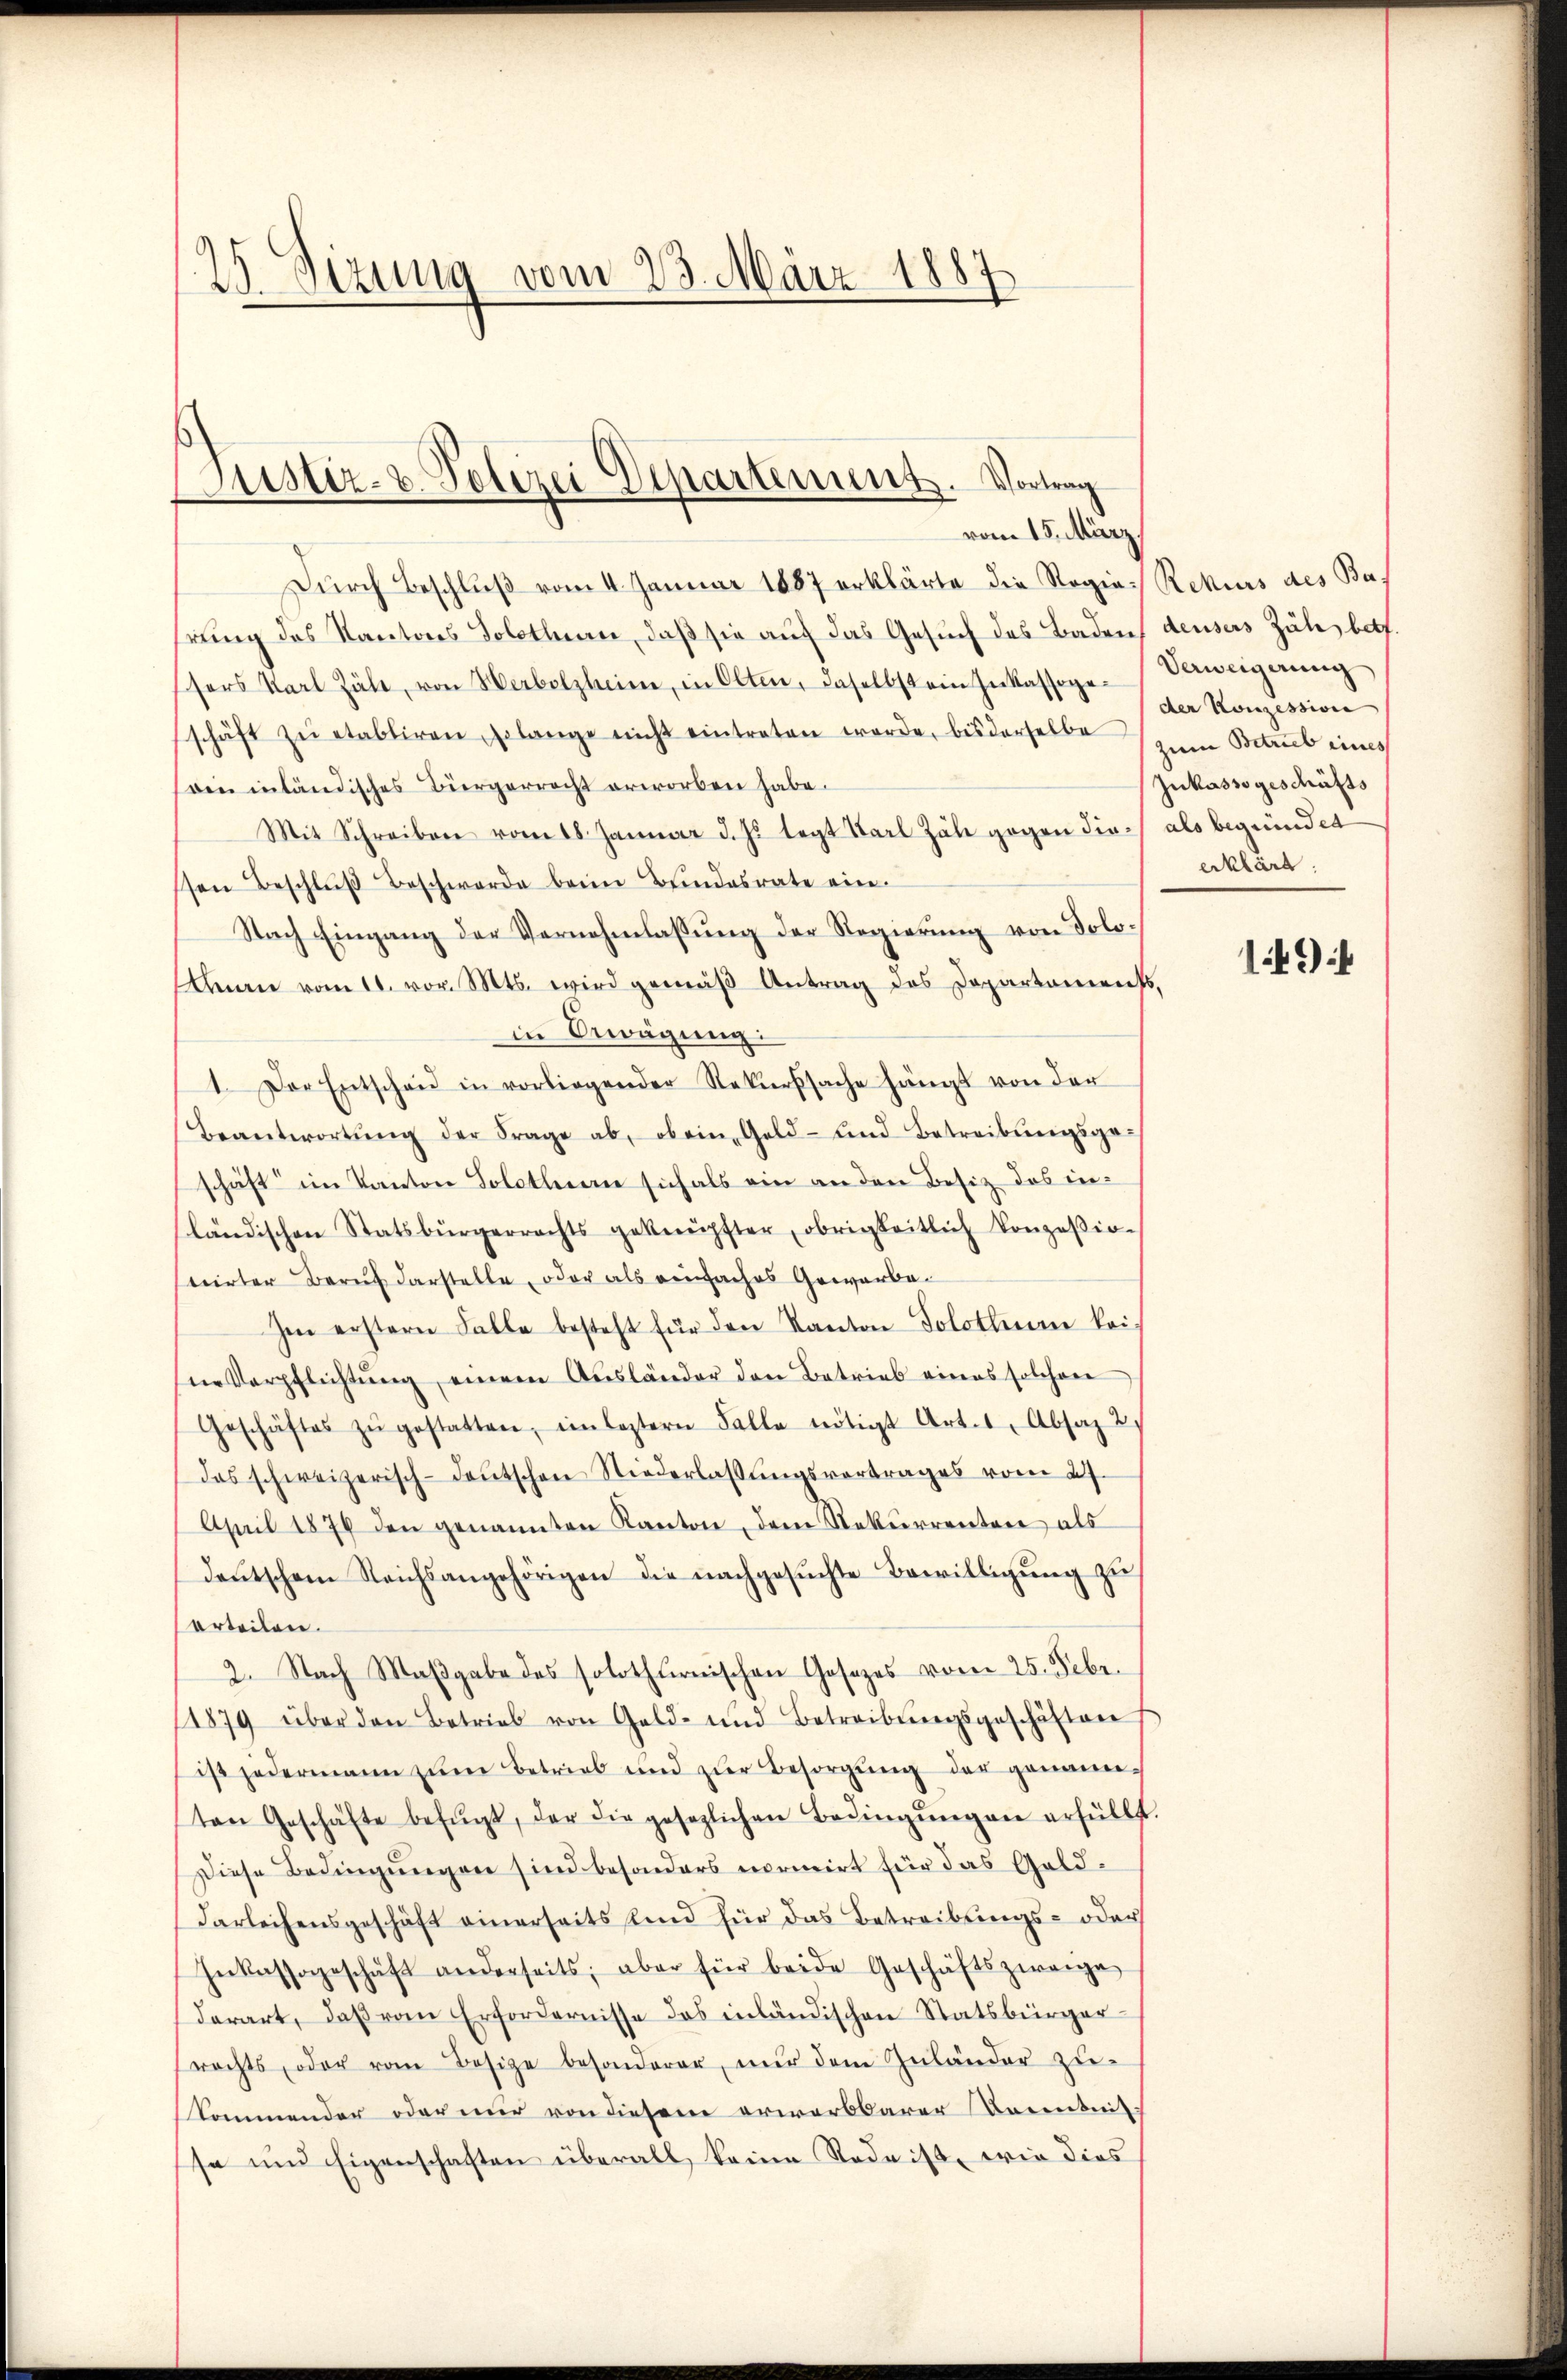
.Sizung vom 23. März 1887

Justiz- & Polizei Departenung. Vortrag
vom 15. März

Durch Beschluß vom 4. Januar 1887 erklärte die Regie- Rekurs des Bahrung des Kantons Solothurn, daß sie auf das Gesuch des Badens densers Zäh, betf.
sors Karl Zähe, von Herbolzheim, in Olten, daselbst ein Inkassoge-Vaweigerŭng
schäft zŭ etabliren, solange nicht eintreten werde, bis derselbe zum Betrieb eines
sein inländisches Bürgerrecht erworben habe.
Mit Schreiben vom 18. Januar d. Js. legt Karl Zale gegen diessen Beschlŭβ Beschwerde beim Bundesrate ein.
Nach Eingang der Vernehmlassung der Regierung von Solo¬
Arnn vom 11. vor. Mts. wird gemäß Antrag des Departements
in Bewägung:
1. Der Entscheid in vorliegender Rekŭrsache hängt von der
Beantwortŭng der Frage ab, ob ein Geld- und Betreibŭngsge-
schäft im Kanton Solothurn sich als ein an den Besitz des inländischen Statsbürgerrechts geknüpfter, obrigkeitlich konzeβio-
stirter Beruf darstelle, oder als einfaches Gewerbe¬
Im erstern Falle besteht für den Kanton Solothurn kei-
ne Verpflichtŭng einem Ausländer den Betrieb eines solchen
Geschäftes zŭ gestatten, im leztern Falle nötigt Art. 1, Absatz 2
das schweizerisch-deŭtschen Niederlassŭngsvortrages vom 27.
April 1876 den genannten Kanton, dem Rekurrenten als
deutschem Reichsangehörigen die nachgesuchte Bewilligung zu
erteilen.
2. Nach Maβgabe des solothurnischen Gesezes vom 25. Febr.
1879 über den Betrieb von Gold- und Betreibŭngsgeschäften
ist jedermann zum Betrieb und zŭr Besorgung der genannten Geschäfte befŭgt, der die gesetzlichen Bedingŭngen erfüllt
Diese Bedingungen sind besonders normirt für das Gelddarleihensgeschäft einerseits und für das Betreibungs- oder
Inkassageschäft anderseits, aber für beide Geschäftszweige
derart, daβ vom Erfordernisse das inländischen Statsbürger-
rachts, oder vom Besitze besonderer, nur dem Zuländer zŭ-
kommender oder nur von diesem erwarbbarer Badenseitse und Eigenschaften überall keine Rede ist, wie dies

der Konzessione
Jukassgeschäfts
als begründet
erklärt.

149